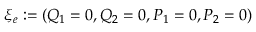
\xi _ { e } : = ( Q _ { 1 } = 0 , Q _ { 2 } = 0 , P _ { 1 } = 0 , P _ { 2 } = 0 )